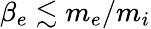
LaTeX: \beta_{e}\lesssim m_{e}/m_{i}